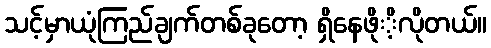
သင့်မှာယုံကြည်ချက်တစ်ခုတော့ ရှိနေဖိုိ့လိုတယ်။